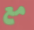
مع